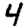
Digit: 4